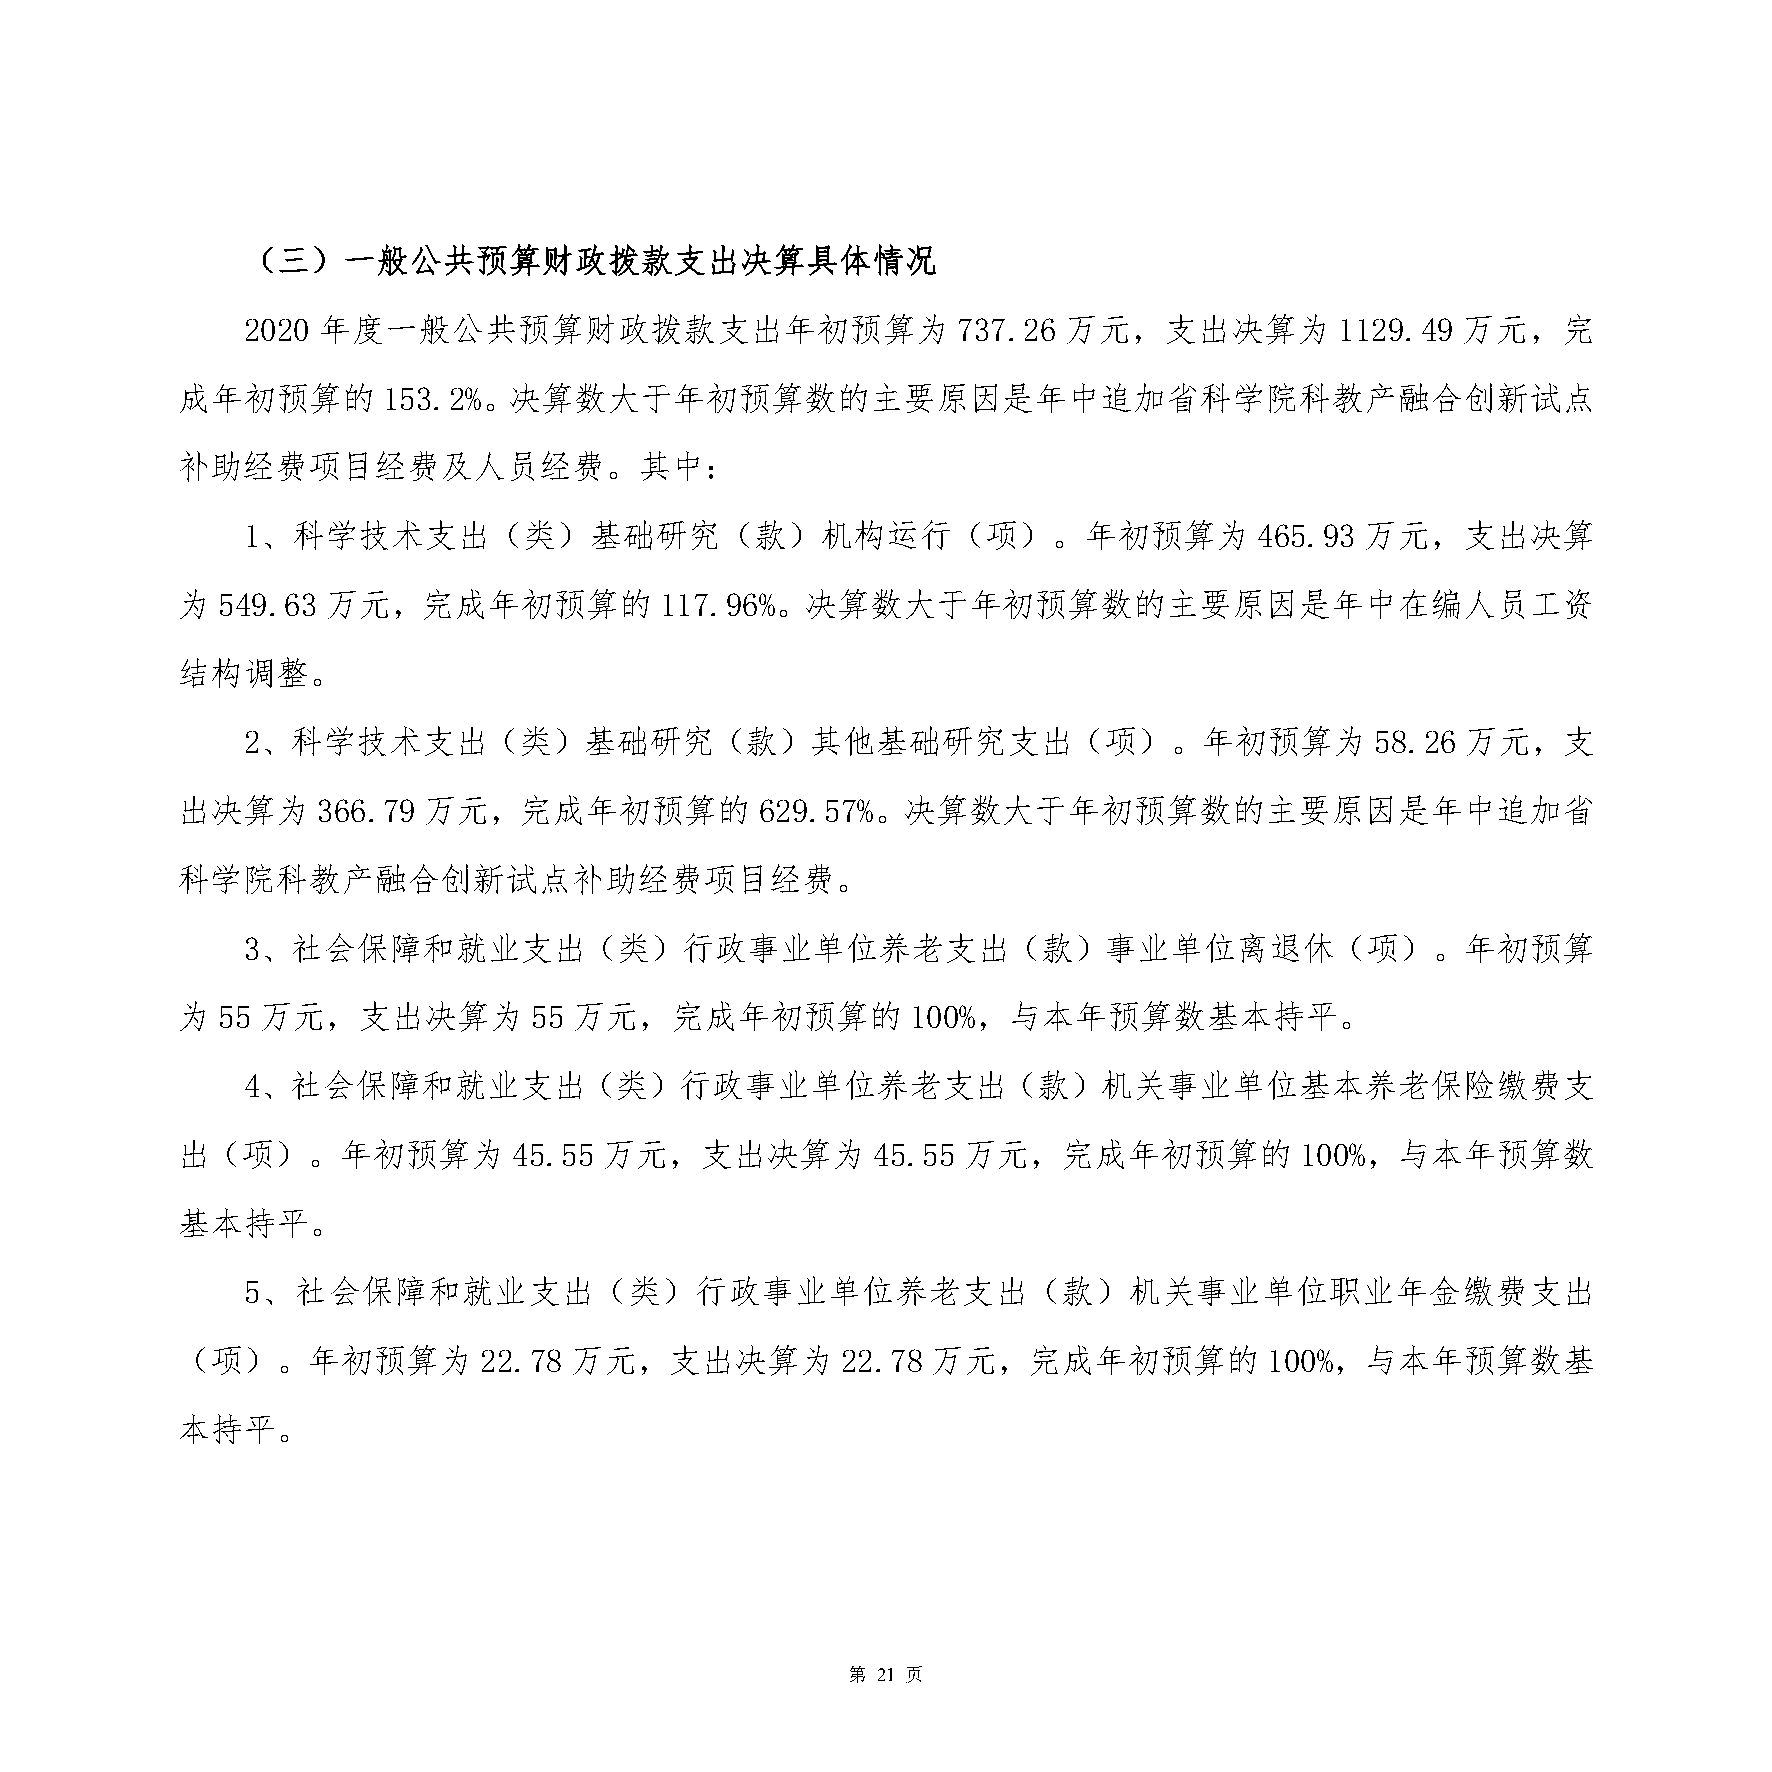
（三）一般公共预算财政拨款支出决算具体情况
 2020 年度一般公共预算财政拨款支出年初预算为                       737.26 万元，支出决算为           1129.49 万元，完
 成年初预算的       153.2%。决算数大于年初预算数的主要原因是年中追加省科学院科教产融合创新试点
 补助经费项目经费及人员经费。其中：
 1、科学技术支出（类）基础研究（款）机构运行（项）。年初预算为                                    465.93 万元，支出决算
 为 549.63  万元，完成年初预算的            117.96%。决算数大于年初预算数的主要原因是年中在编人员工资
 结构调整。
 2、科学技术支出（类）基础研究（款）其他基础研究支出（项）。年初预算为                                        58.26 万元，支
 出决算为     366.79 万元，完成年初预算的            629.57%。决算数大于年初预算数的主要原因是年中追加省
 科学院科教产融合创新试点补助经费项目经费。
 3、社会保障和就业支出（类）行政事业单位养老支出（款）事业单位离退休（项）。年初预算
 为 55 万元，支出决算为          55 万元，完成年初预算的            100%，与本年预算数基本持平。
 4、社会保障和就业支出（类）行政事业单位养老支出（款）机关事业单位基本养老保险缴费支
 出（项）。年初预算为            45.55 万元，支出决算为          45.55 万元，完成年初预算的            100%，与本年预算数
 基本持平。
 5、社会保障和就业支出（类）行政事业单位养老支出（款）机关事业单位职业年金缴费支出
 （项）。年初预算为           22.78 万元，支出决算为          22.78 万元，完成年初预算的            100%，与本年预算数基
 本持平。
 第 21 页